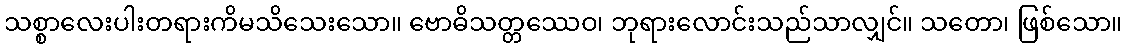
သစ္စာလေးပါးတရားကိမသိသေးသော။ ဗောဓိသတ္တဿေဝ၊ ဘုရားလောင်းသည်သာလျှင်။ သတော၊ ဖြစ်သော။